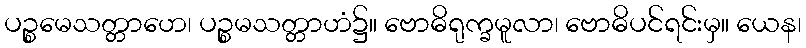
ပဉ္စမေသတ္တာဟေ၊ ပဉ္စမသတ္တာဟံ၌။ ဗောဓိရုက္ခမူလာ၊ ဗောဓိပင်ရင်းမှ။ ယေန၊